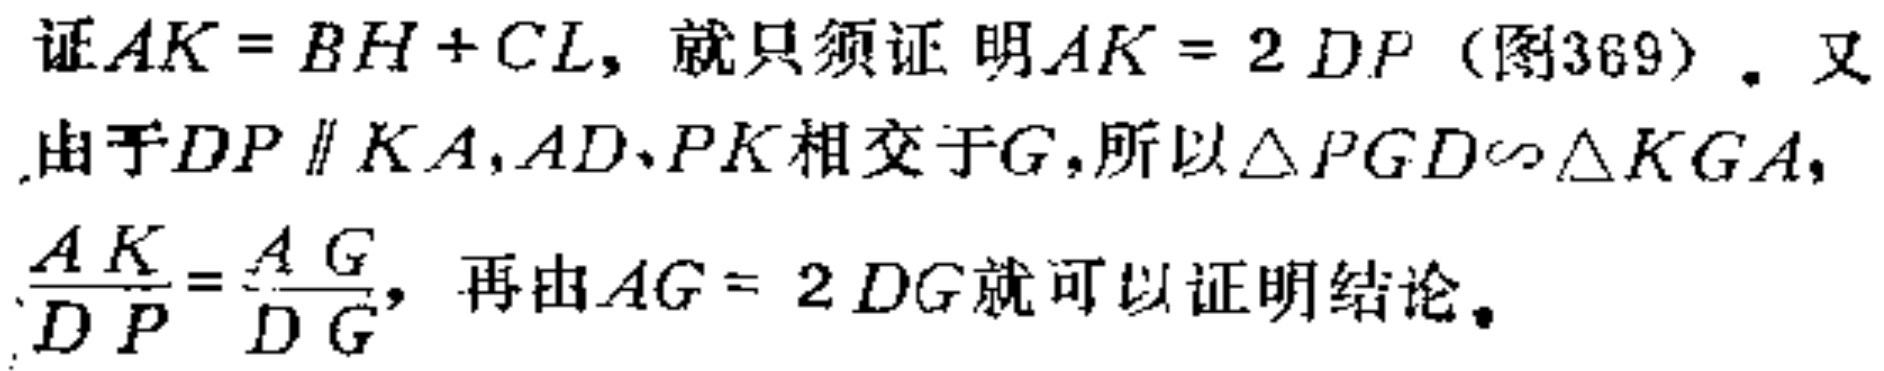
证\(AK = BH + CL\)，就只须证明\(AK = 2DP\)（图369）. 又由于\(DP\parallel KA\)，\(AD\)、\(PK\)相交于\(G\)，所以\(\triangle PGD\sim\triangle KGA\)，\(\frac{AK}{DP}=\frac{AG}{DG}\)，再由\(AG = 2DG\)就可以证明结论。